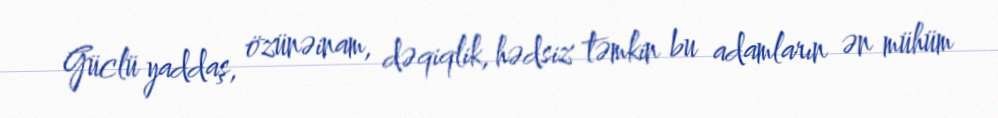
Güclü yaddaş, özünəinam, dəqiqlik, hədsiz təmkin bu adamların ən mühüm